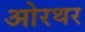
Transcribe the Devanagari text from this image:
ओरथर